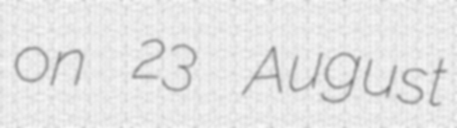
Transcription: on 23 August